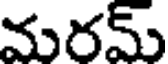
మరమ్